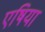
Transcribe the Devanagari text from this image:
एषिया